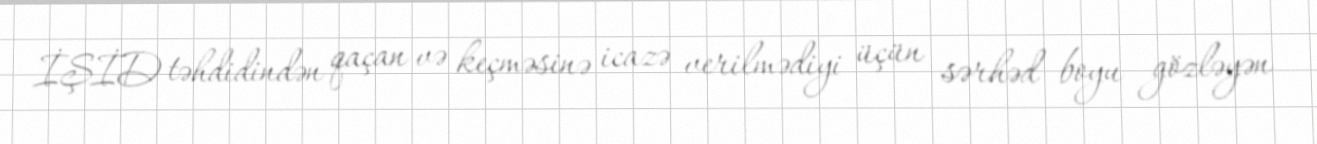
İŞİD təhdidindən qaçan və keçməsinə icazə verilmədiyi üçün sərhəd boyu gözləyən